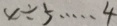
x \div 5 \cdots 4